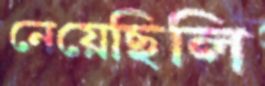
নেয়েছিলি